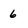
Character: 6